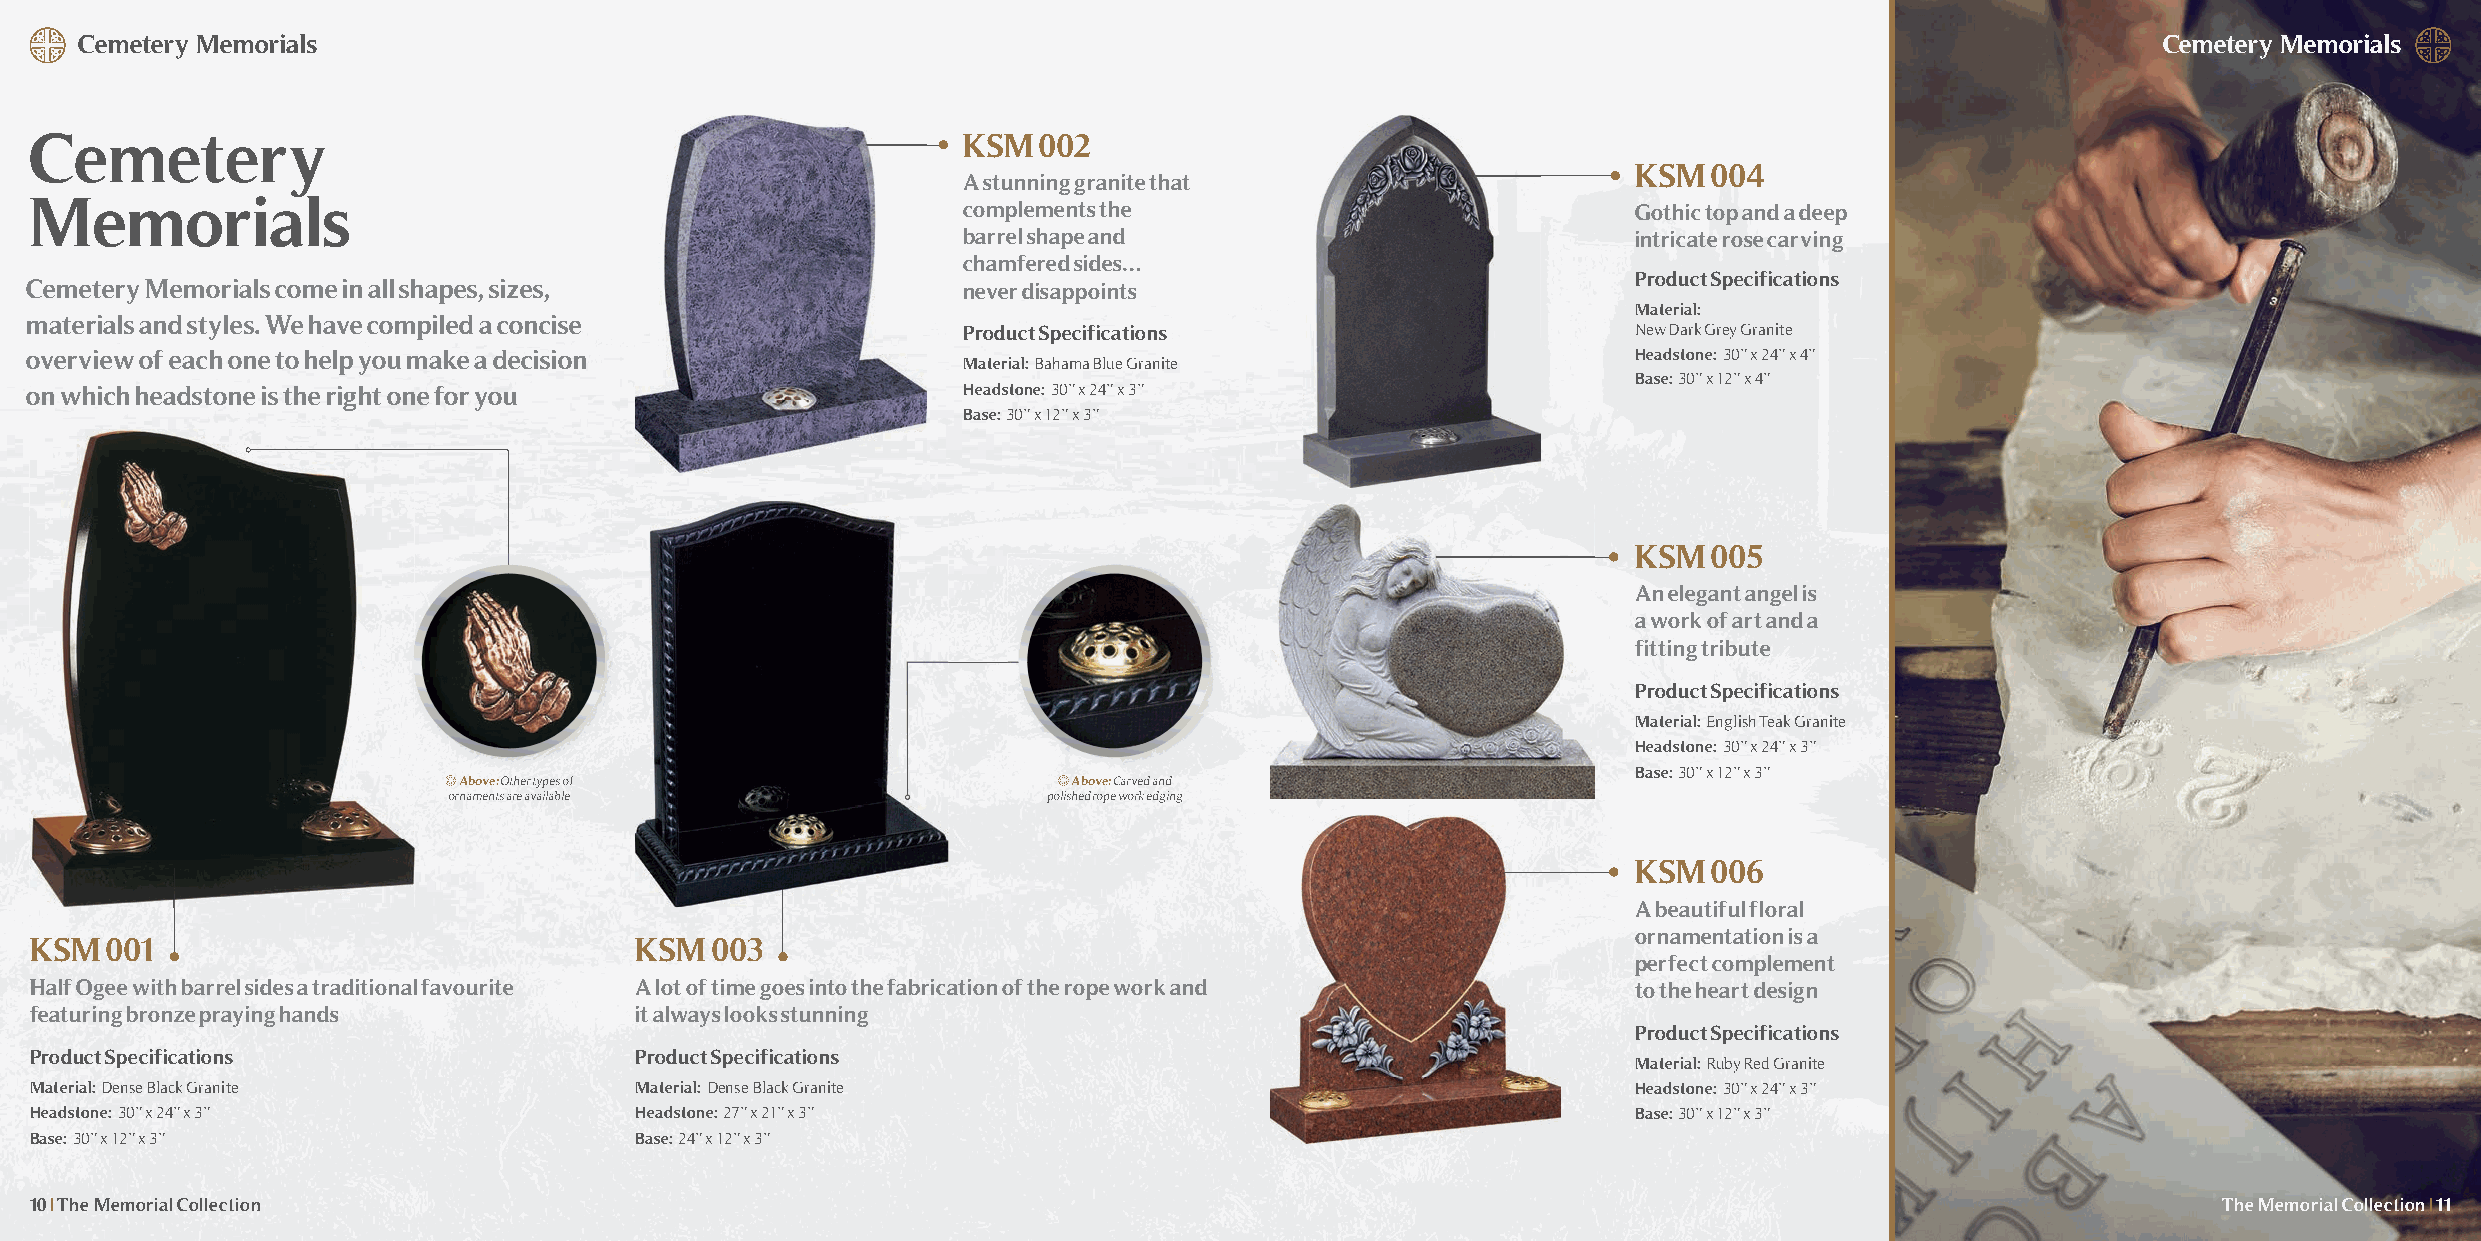
Cemetery Memorials                                                                                                                        Cemetery Memorials
 Cemetery                                                      KSM  002
 KSM  004
 A stunning granite that
 Memorials
 complements the                             Gothic top and a deep
 barrel shape and                            intricate rose carving
 chamfered sides…
 Product Specifications
 Cemetery Memorials come in all shapes, sizes,                 never disappoints
 Material:
 materials and styles. We have compiled a concise
 Product Specifications                      New Dark Grey Granite
 overview of each one to help you make a decision                                                          Headstone: 30” x 24” x 4”
 Material: Bahama Blue Granite
 Base: 30” x 12” x 4”
 on which headstone is the right one for you                   Headstone: 30” x 24” x 3”
 Base: 30” x 12” x 3”
 KSM  005
 An elegant angel is
 a work of art and a
 fitting tribute
 Product Specifications
 Material: EnglishTeak Granite
 Headstone: 30” x 24” x 3”
 Base: 30” x 12” x 3”
 Above: Other types of                    Above:Carved and
 ornaments are available                polished rope work edging
 KSM  006
 A beautiful floral
 ornamentation is a
 KSM  001                                KSM  003
 perfect complement
 Half Ogee with barrel sides a traditional favourite A lot of time goes into the fabrication of the rope work and to the heart design
 featuring bronze praying hands          it always looks stunning
 Product Specifications
 Product Specifications                  Product Specifications
 Material: Ruby Red Granite
 Material: Dense Black Granite           Material: Dense Black Granite                                     Headstone: 30” x 24” x 3”
 Headstone: 30” x 24” x 3”               Headstone: 27” x 21” x 3”                                         Base: 30” x 12” x 3”
 Base: 30” x 12” x 3”                    Base: 24” x 12” x 3”
 10 | The Memorial Collection                                                                                                                     The Memorial Collection|11